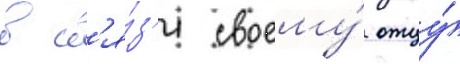
в св'я́з'и своему́ отцу́